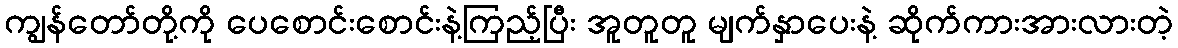
ကျွန်တော်တို့ကို ပေစောင်းစောင်းနဲ့ကြည့်ပြီး အူတူတူ မျက်နှာပေးနဲ့ ဆိုက်ကားအားလားတဲ့